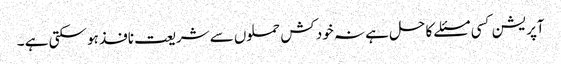
آپریشن کسی مسئلے کا حل ہے نہ خود کش حملوں سے شریعت نافذ ہو سکتی ہے ۔